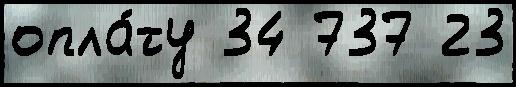
опла́ту 34 737 23